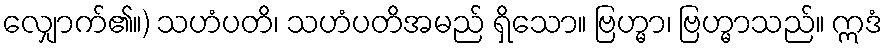
လျှောက်၏။) သဟံပတိ၊ သဟံပတိအမည် ရှိသော။ ဗြဟ္မာ၊ ဗြဟ္မာသည်။ ဣဒံ